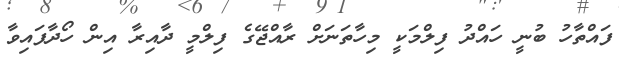
ފައްތާހު ބުނީ ހައްދު ފިލްމަކީ މިހާތަނަށް ރާއްޖޭގެ ފިލްމީ ދާއިރާ އިން ހޯދާފައިވާ